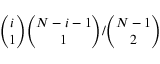
\binom { i } { 1 } \binom { N - i - 1 } { 1 } / \binom { N - 1 } { 2 }